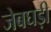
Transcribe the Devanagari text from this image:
जेबघड़ी